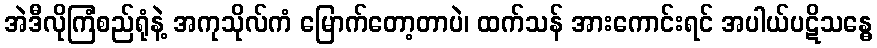
အဲဒီလိုကြံစည်ရုံနဲ့ အကုသိုလ်ကံ မြောက်တော့တာပဲ၊ ထက်သန် အားကောင်းရင် အပါယ်ပဋိသန္ဓေ